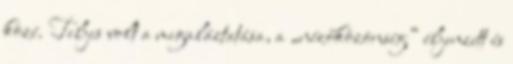
közé. Teljes volt a megaláztatása, a „nézőközönség” éljenzett és